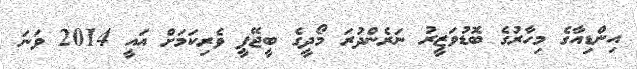
އިންޑިއާގެ މިހާރުގެ ބޮޑުވަޒީރު ނަރެންދުރަ މޯދީގެ ބީޖޭޕީ ވެރިކަމަށް އައީ 2014 ވަނަ